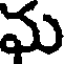
మ